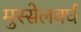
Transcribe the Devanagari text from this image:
मुस्सेलबर्घ